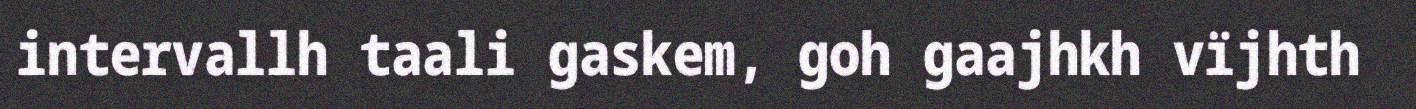
intervallh taali gaskem, goh gaajhkh vïjhth